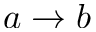
a \to b